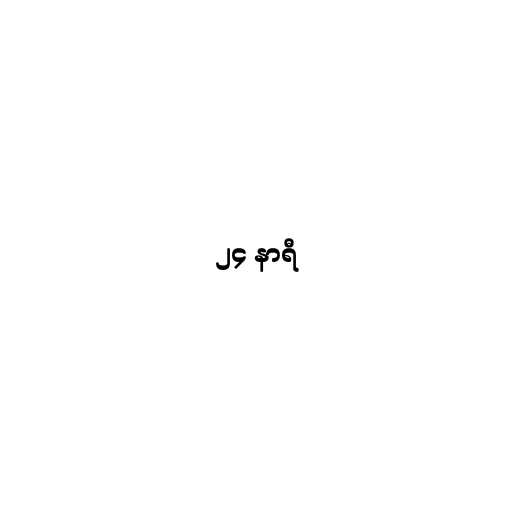
၂၄ နာရီ